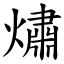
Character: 熽